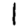
Digit: 1